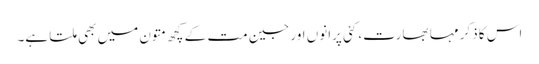
اس کا ذکر مہا بھارت، کئی پرانوں اور جین مت کے کچھ متون میں بھی ملتا ہے۔